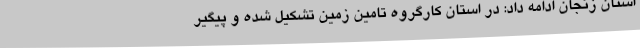
استان زنجان ادامه داد: در استان کارگروه تامین زمین تشکیل شده و پیگیر